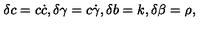
\delta c = c \dot { c } , \delta \gamma = c \dot { \gamma } , \delta b = k , \delta \beta = \rho ,